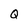
Character: Q